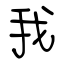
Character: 我